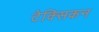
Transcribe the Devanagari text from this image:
टेक्सिकन